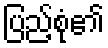
ပြည့်စုံ၏